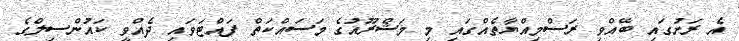
އެ ރަށުގައި ބޭއްވި ރަސްމިއްޔާތެއްގައި މި މަޝްރޫއުގެ މަސައްކަތް ފައްޓަވައި ދެއްވީ ކައުންސިލްގެ